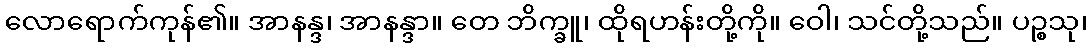
လောရောက်ကုန်၏။ အာနန္ဒ၊ အာနန္ဒာ။ တေ ဘိက္ခူ၊ ထိုရဟန်းတို့ကို။ ဝေါ၊ သင်တို့သည်။ ပဉ္စသု၊